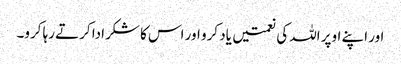
اور اپنے اوپر اللہ کی نعمتیں یاد کرو اور اس کا شکرادا کرتے رہا کرو۔